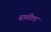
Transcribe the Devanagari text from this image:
चाळीला